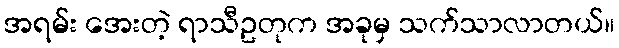
အရမ်း အေးတဲ့ ရာသီဥတုက အခုမှ သက်သာလာတယ်။